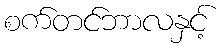
စက်တင်ဘာလနှင့်